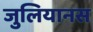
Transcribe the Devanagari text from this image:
जुलियानस